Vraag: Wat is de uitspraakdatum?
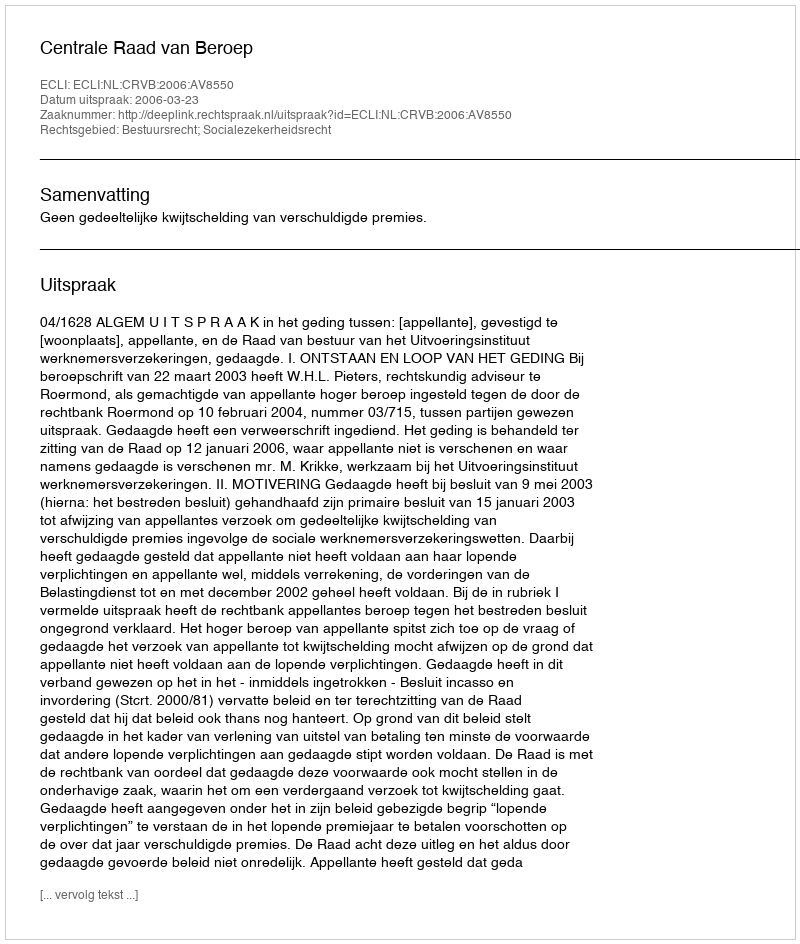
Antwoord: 2006-03-23